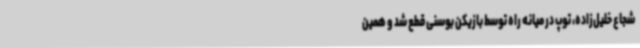
شجاع خلیل‌زاده، توپ در میانه راه توسط بازیکن بوسنی قطع شد و همین